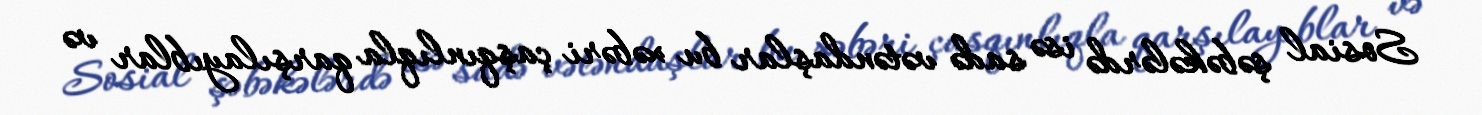
Sosial şəbəkələrdə isə sadə vətəndaşlar bu xəbəri çaşqınlıqla qarşılayıblar və